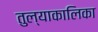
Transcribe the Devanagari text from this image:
तुल्याकालिका